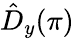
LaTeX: \hat{D}_{y}(\pi)